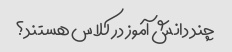
چند دانش آموز در کلاس هستند؟